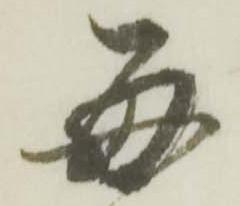
毎